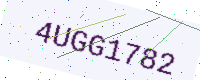
Text: 4UGG1782